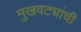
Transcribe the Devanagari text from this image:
मुखवट्यांची